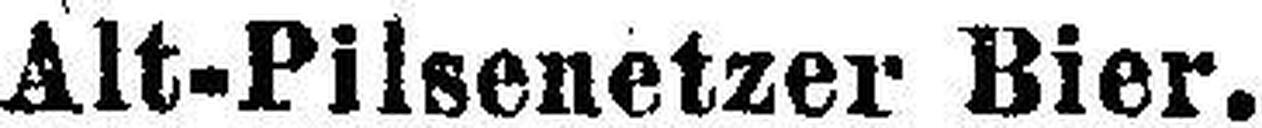
Alt-Pilsenetzer Bier.